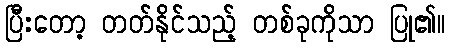
ပြီးတော့ တတ်နိုင်သည့် တစ်ခုကိုသာ ပြု၏။